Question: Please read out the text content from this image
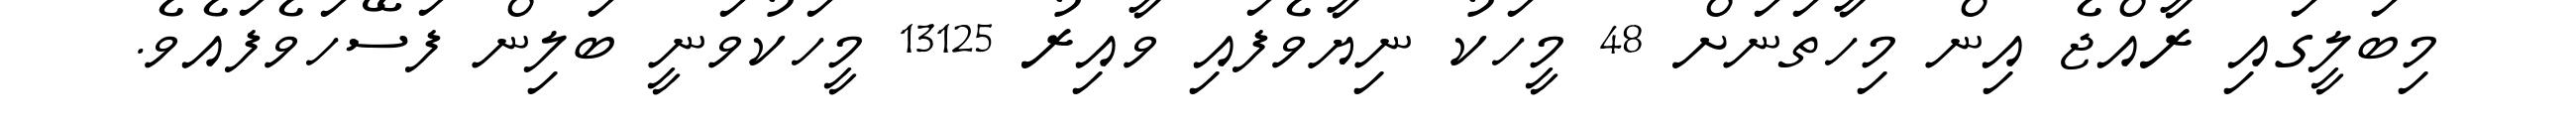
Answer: މިބަލީގައި ރާއްޖެ އިން މިހާތަނަށް 48 މީހަކު ނިޔާވެފައި ވާއިރު 13125 މީހަކުވަނީ ބަލިން ފަސޭހަވެފައެވެ.